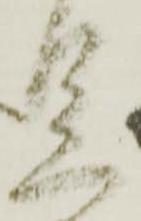
足